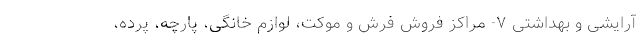
آرایشی و بهداشتی ۷- مراکز فروش فرش و موکت، لوازم خانگی، پارچه، پرده،